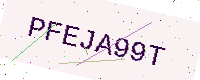
Text: PFEJA99T